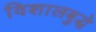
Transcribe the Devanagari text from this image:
विशालबुद्धे